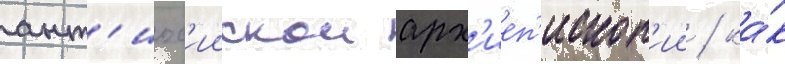
ант'иох'иискои арх'иеп'ископ'ии / ка́к